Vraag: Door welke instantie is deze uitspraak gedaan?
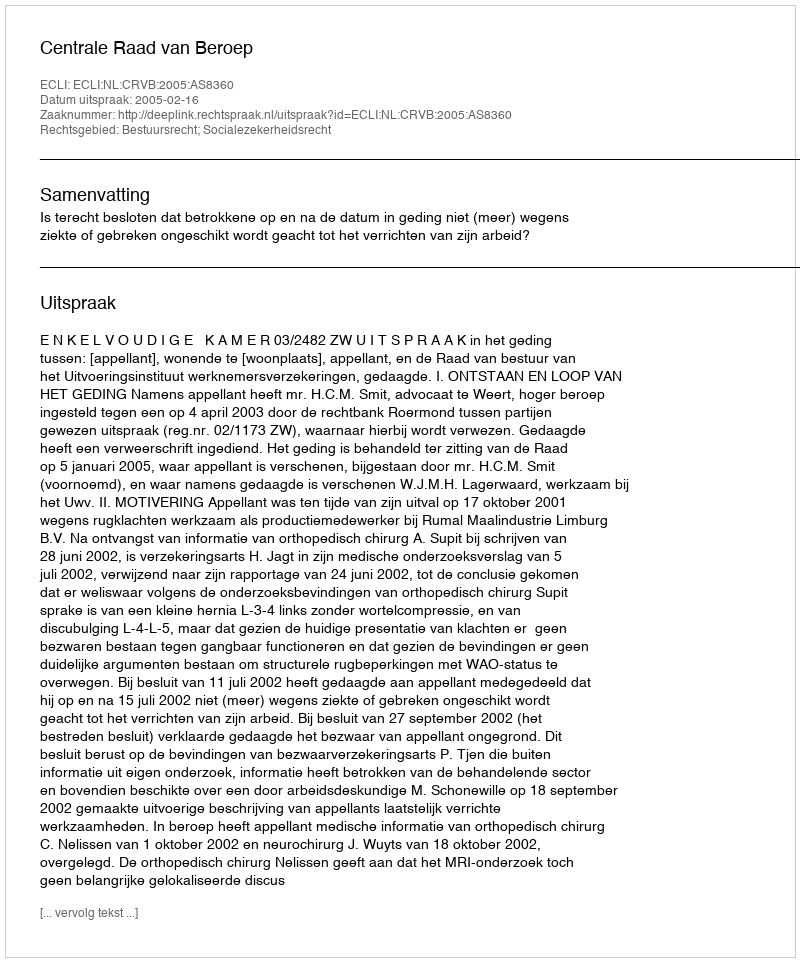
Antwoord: Centrale Raad van Beroep